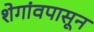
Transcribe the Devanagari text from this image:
शेगांवपासून